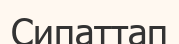
Сипаттап